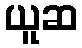
ယူဆ